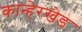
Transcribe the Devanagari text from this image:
कान्हेरखेड